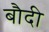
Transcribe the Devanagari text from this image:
बौदी